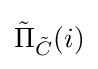
{\textstyle {\tilde {\Pi }}_{\tilde {C}}(i)}